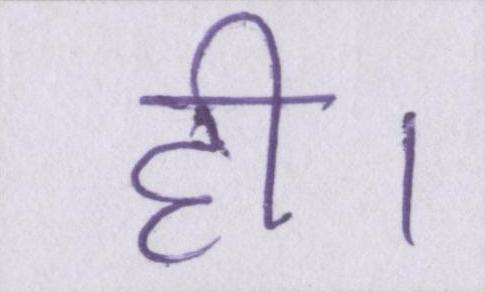
ही।